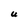
Character: U